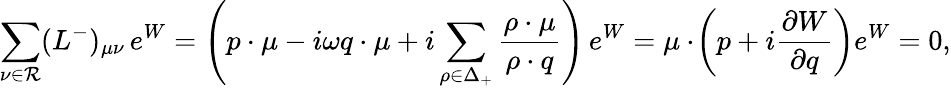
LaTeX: \sum_{\nu\in{\cal R}}(L^{-})_{\mu\nu}\, e^{W}=\left(p\cdot\mu-i\omega q\cdot\mu+i\sum_{\rho\in\Delta_{+}}{\frac{\rho\cdot\mu}{\rho\cdot q}}\right)\, e^{W}=\mu\cdot\! \left(p+i{\frac{\partial W}{\partial q}}\right)e^{W}=0,